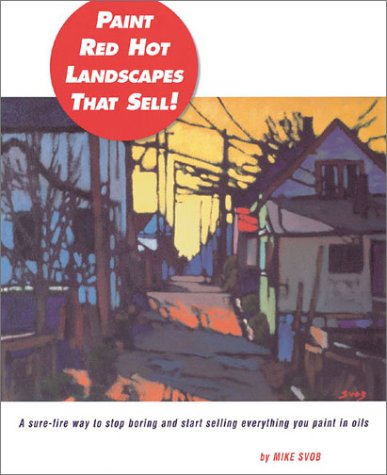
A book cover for Paint Red Hot Landscapes That Sell!: A Sure-Fire Way to Stop Boring and Start Selling Everything You Paint in Oils; Mike Svob; Arts & Photography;